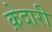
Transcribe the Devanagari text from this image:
क़ेदारी